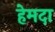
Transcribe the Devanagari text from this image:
हेमदा